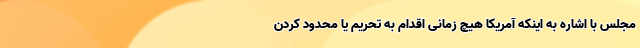
مجلس با اشاره به اینکه آمریکا هیچ زمانی اقدام به تحریم یا محدود کردن